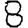
Digit: 8